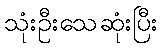
သုံးဦးသေဆုံးပြီး